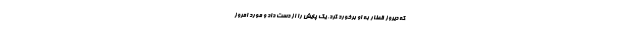
که دیروز قطار به او برخورد کرد، یک پایش را از دست داد و مورد امروز